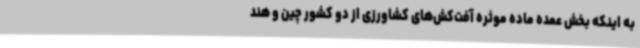
به اینکه بخش عمده ماده موثره آفت‌کش‌های کشاورزی از دو کشور چین و هند